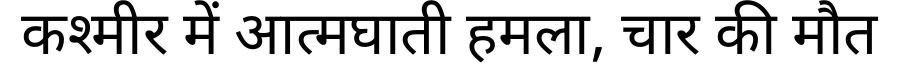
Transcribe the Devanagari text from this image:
कश्मीर में आत्मघाती हमला, चार की मौत